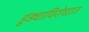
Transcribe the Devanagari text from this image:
हुंड्याविरोधात